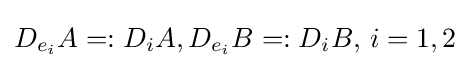
D_{e_{i}}A=:D_{i}A,D_{e_{i}}B=:D_{i}B,\,i=1,2